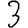
Digit: 3